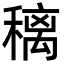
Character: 䅻